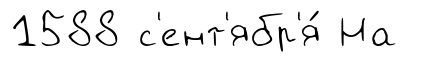
1588 с'ент'ябр'я́ На